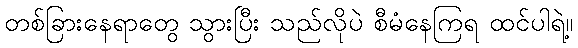
တစ်ခြားနေရာတွေ သွားပြီး သည်လိုပဲ စီမံနေကြရ ထင်ပါရဲ့။